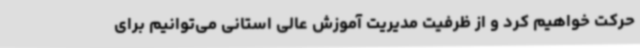
حرکت خواهیم کرد و از ظرفیت مدیریت آموزش عالی استانی می‌توانیم برای